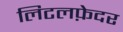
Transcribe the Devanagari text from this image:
लिटलफ़ेदर